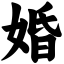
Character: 婚